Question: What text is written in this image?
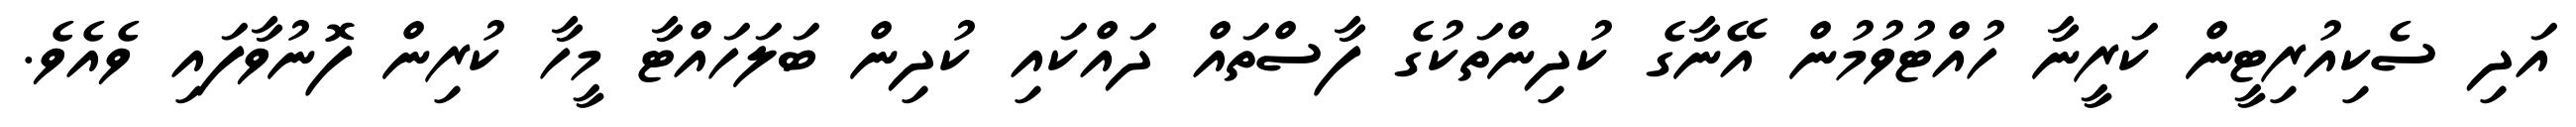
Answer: އަދި ސެކިއުރިޓީން ކަރީނާ ހުއްޓުވުމުން އޭނާގެ ކުދިންތަކުގެ ފާސްތައް ދައްކައި ކުދިން ބަލަހައްޓާ މީހާ ކުރިން ފޮނުވާފައި ވެއެވެ.